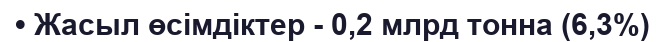
• Жасыл өсімдіктер - 0,2 млрд тонна (6,3%)